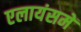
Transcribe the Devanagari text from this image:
एलायंसमें